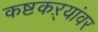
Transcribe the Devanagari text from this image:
कष्टकऱ्यांवर